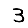
Digit: 3